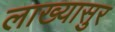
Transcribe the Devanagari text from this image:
लाख्यासुर